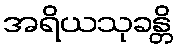
အရိယသုခန္တိ